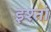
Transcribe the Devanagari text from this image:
इश्तां